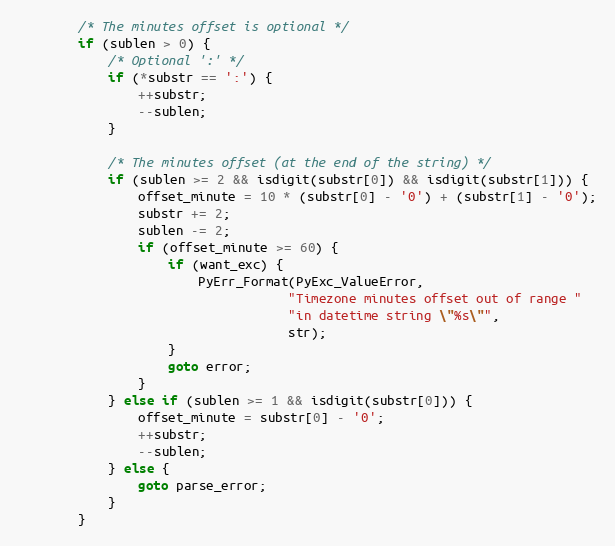
Language: C
        /* The minutes offset is optional */
        if (sublen > 0) {
            /* Optional ':' */
            if (*substr == ':') {
                ++substr;
                --sublen;
            }

            /* The minutes offset (at the end of the string) */
            if (sublen >= 2 && isdigit(substr[0]) && isdigit(substr[1])) {
                offset_minute = 10 * (substr[0] - '0') + (substr[1] - '0');
                substr += 2;
                sublen -= 2;
                if (offset_minute >= 60) {
                    if (want_exc) {
                        PyErr_Format(PyExc_ValueError,
                                    "Timezone minutes offset out of range "
                                    "in datetime string \"%s\"",
                                    str);
                    }
                    goto error;
                }
            } else if (sublen >= 1 && isdigit(substr[0])) {
                offset_minute = substr[0] - '0';
                ++substr;
                --sublen;
            } else {
                goto parse_error;
            }
        }